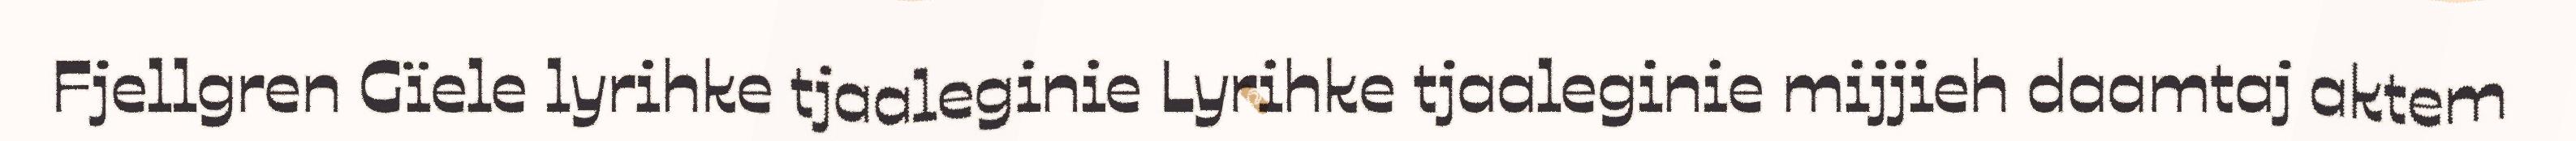
Fjellgren Gïele lyrihke tjaaleginie Lyrihke tjaaleginie mijjieh daamtaj aktem